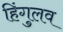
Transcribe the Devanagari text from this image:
हिंगुलव